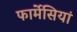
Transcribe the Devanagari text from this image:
फार्मेसियां